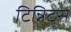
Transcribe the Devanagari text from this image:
टिन्निटस